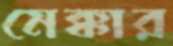
মেক্কার